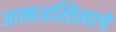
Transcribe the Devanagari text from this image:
आत्मअस्तित्वाचे